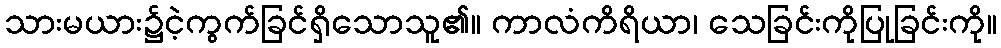
သားမယား၌ငဲ့ကွက်ခြင်ရှိသောသူ၏။ ကာလံကိရိယာ၊ သေခြင်းကိုပြုခြင်းကို။